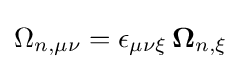
\Omega _{n,\mu \nu }=\epsilon _{\mu \nu \xi }\,\mathbf {\Omega } _{n,\xi }